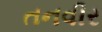
તનવીર